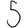
Digit: 5